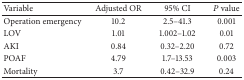
<table><thead><tr><td><b>Variable</b></td><td><b>Adjusted OR</b></td><td><b>95% CI</b></td><td><b><i>P</i>value</b></td></tr></thead><tbody><tr><td>Operation emergency</td><td>10.2</td><td>2.5–41.3</td><td>0.001</td></tr><tr><td>LOV</td><td>1.01</td><td>1.002–1.02</td><td>0.01</td></tr><tr><td>AKI</td><td>0.84</td><td>0.32–2.20</td><td>0.72</td></tr><tr><td>POAF</td><td>4.79</td><td>1.7–13.53</td><td>0.003</td></tr><tr><td>Mortality</td><td>3.7</td><td>0.42–32.9</td><td>0.24</td></tr></tbody></table>